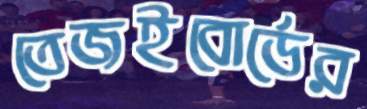
তেজইবোর্ডের